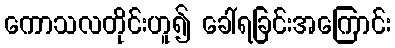
ကောသလတိုင်းဟူ၍ ခေါ်ရခြင်းအကြောင်း